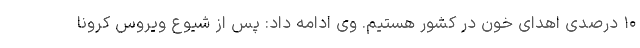
۱۰ درصدی اهدای خون در کشور هستیم. وی ادامه داد: پس از شیوع ویروس کرونا